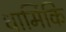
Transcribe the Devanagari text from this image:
धार्मिकि